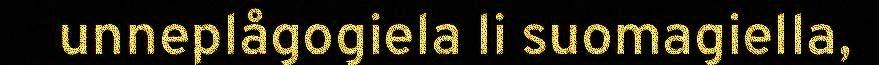
unneplågogiela li suomagiella,